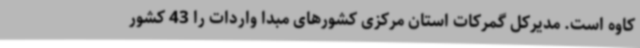
کاوه است. مدیرکل گمرکات استان مرکزی کشورهای مبدا واردات را 43 کشور